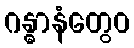
ဂန္ဓာနံတွေဝ